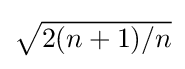
{\textstyle {\sqrt {2(n+1)/n}}}